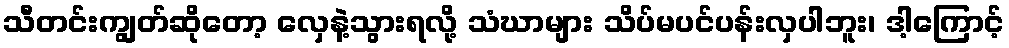
သီတင်းကျွတ်ဆိုတော့ လှေနဲ့သွားရလို့ သံဃာများ သိပ်မပင်ပန်းလှပါဘူး၊ ဒါ့ကြောင့်